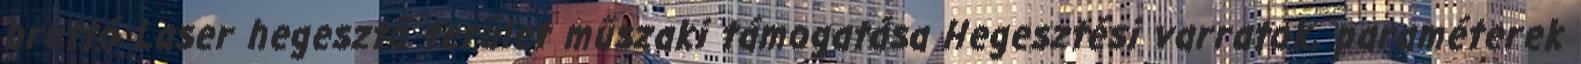
bruttó Laser hegesztő terület műszaki támogatása Hegesztési varratok, paraméterek